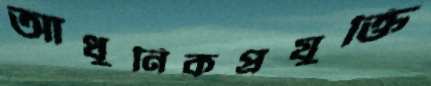
আধুনিকপ্রযুক্তি